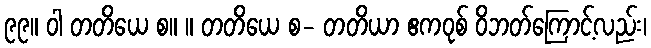
၉၉။ ဝါ တတိယေ စ။ ။ တတိယေ စ- တတိယာ ဧကဝုစ် ဝိဘတ်ကြောင့်လည်း၊